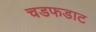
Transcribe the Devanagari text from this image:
चडफडाट